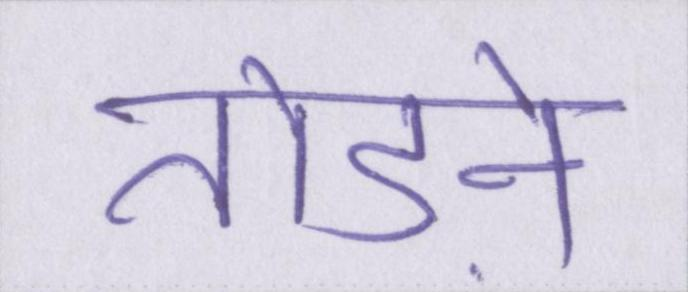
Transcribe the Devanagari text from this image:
तेाड़ने